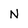
Character: N